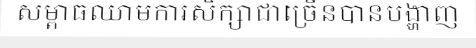
សម្ពាធឈាមការសិក្សាជាច្រើនបានបង្ហាញ